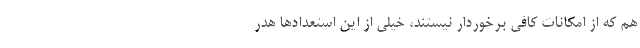
هم که از امکانات کافی برخوردار نیستند، خیلی از این استعدادها هدر